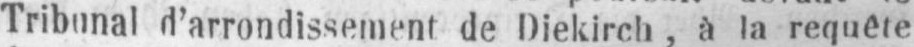
Tribunal d’arrondissement de Diekirch, à la requête